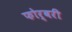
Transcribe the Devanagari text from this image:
फोर्बरी